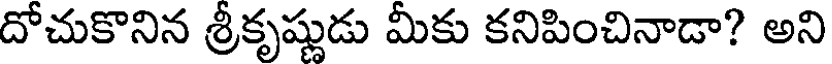
దోచుకొనిన శ్రీకృష్ణుడు మీకు కనిపించినాడా? అని